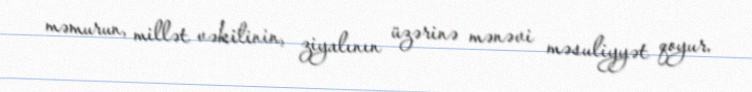
məmurun, millət vəkilinin, ziyalının üzərinə mənəvi məsuliyyət qoyur.